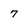
Character: 7